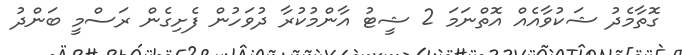
ގޮތާމެދު ޝަކުވާއެއް އޮތްނަމަ 2 ޝީޓު އާންމުކުރާ ދުވަހުން ފެށިގެން ރަސްމީ ބަންދު